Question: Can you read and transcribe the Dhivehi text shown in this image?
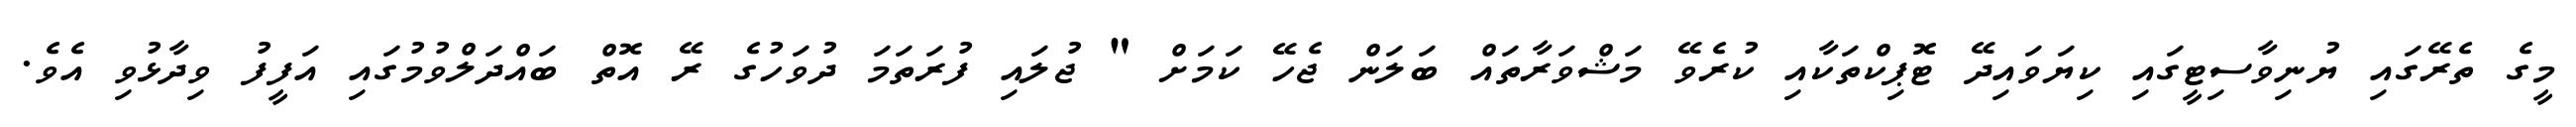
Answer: މީގެ ތެރޭގައި ޔުނިވާސިޓީގައި ކިޔަވައިދޭ ޓޮޕިކްތަކާއި ކުރެވޭ މަޝްވަރާތައް ބަލަން ޖެހޭ ކަމަށް " ޖުލައި ފުރަތަމަ ދުވަހުގެ ރޭ އޮތް ބައްދަލްވުމުގައި އަފީފު ވިދާޅުވި އެވެ.